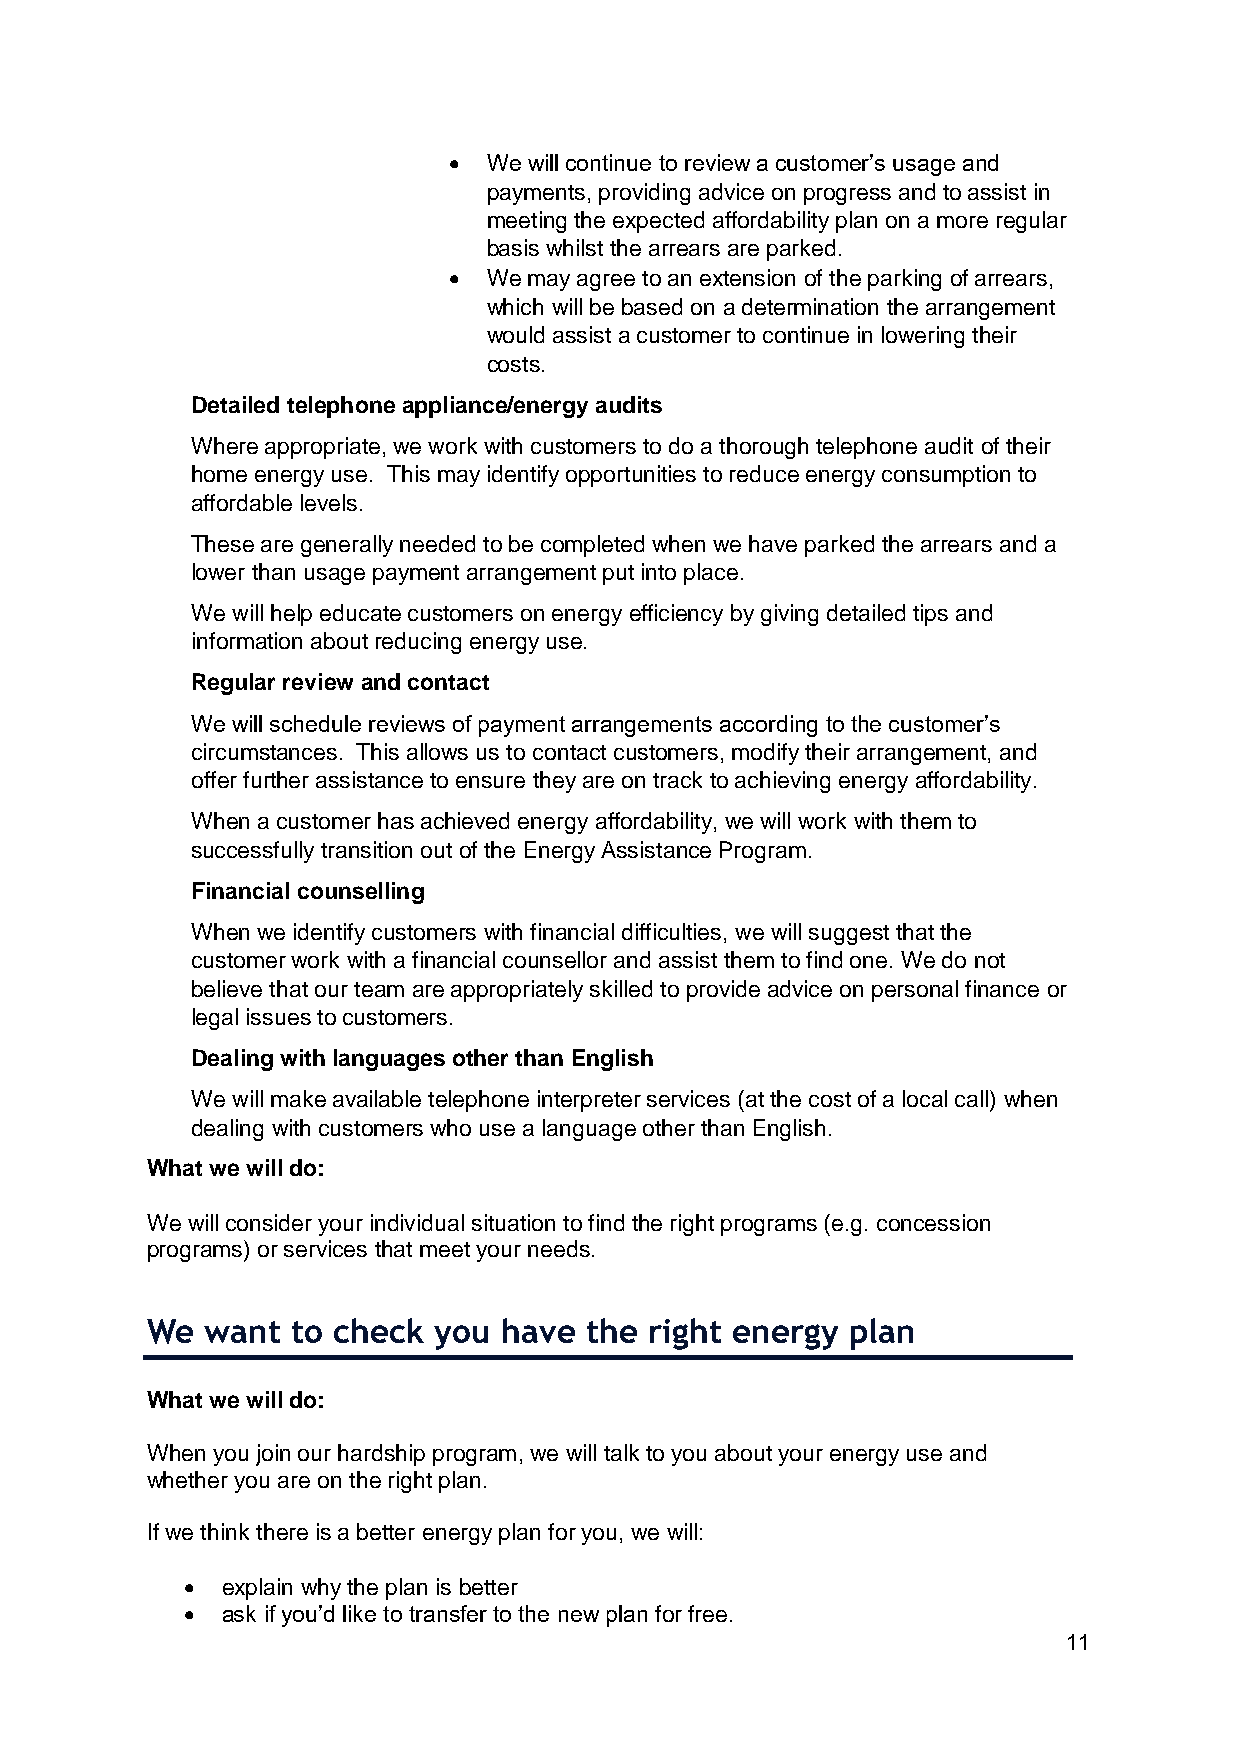
• We will continue to review a customer’s usage and
 payments, providing advice on progress and to assist in
 meeting the expected affordability plan on a more regular
 basis whilst the arrears are parked.
 • We may agree to an extension of the parking of arrears,
 which will be based on a determination the arrangement
 would assist a customer to continue in lowering their
 costs.
 Detailed telephone appliance/energy audits
 Where appropriate, we work with customers to do a thorough telephone audit of their
 home energy use. This may identify opportunities to reduce energy consumption to
 affordable levels.
 These are generally needed to be completed when we have parked the arrears and a
 lower than usage payment arrangement put into place.
 We will help educate customers on energy efficiency by giving detailed tips and
 information about reducing energy use.
 Regular review and contact
 We will schedule reviews of payment arrangements according to the customer’s
 circumstances. This allows us to contact customers, modify their arrangement, and
 offer further assistance to ensure they are on track to achieving energy affordability.
 When a customer has achieved energy affordability, we will work with them to
 successfully transition out of the Energy Assistance Program.
 Financial counselling
 When we identify customers with financial difficulties, we will suggest that the
 customer work with a financial counsellor and assist them to find one. We do not
 believe that our team are appropriately skilled to provide advice on personal finance or
 legal issues to customers.
 Dealing with languages other than English
 We will make available telephone interpreter services (at the cost of a local call) when
 dealing with customers who use a language other than English.
 What we will do:
 We will consider your individual situation to find the right programs (e.g. concession
 programs) or services that meet your needs.
 We  want to check  you have  the right energy plan
 What we will do:
 When you join our hardship program, we will talk to you about your energy use and
 whether you are on the right plan.
 If we think there is a better energy plan for you, we will:
 •  explain why the plan is better
 •  ask if you’d like to transfer to the new plan for free.
 11